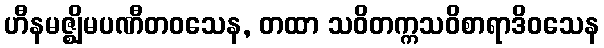
ဟီနမဇ္ဈိမပဏီတဝသေန, တထာ သဝိတက္ကသဝိစာရာဒိဝသေန